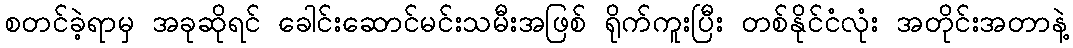
စတင်ခဲ့ရာမှ အခုဆိုရင် ခေါင်းဆောင်မင်းသမီးအဖြစ် ရိုက်ကူးပြီး တစ်နိုင်ငံလုံး အတိုင်းအတာနဲ့